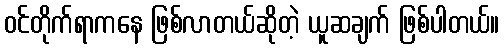
ဝင်တိုက်ရာကနေ ဖြစ်လာတယ်ဆိုတဲ့ ယူဆချက် ဖြစ်ပါတယ်။